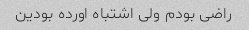
راضی بودم ولی اشتباه اورده بودین